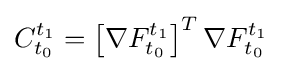
C_{t_{0}}^{t_{1}}=\left[\nabla F_{t_{0}}^{t_{1}}\right]^{T}\nabla F_{t_{0}}^{t_{1}}